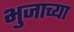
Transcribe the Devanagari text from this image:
भुजाच्या